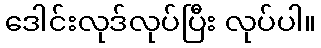
ဒေါင်းလုဒ်လုပ်ပြီး လုပ်ပါ။